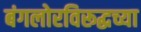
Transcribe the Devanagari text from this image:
बंगलोरविरूद्धच्या